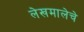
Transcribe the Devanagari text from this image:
लेखमालेचे